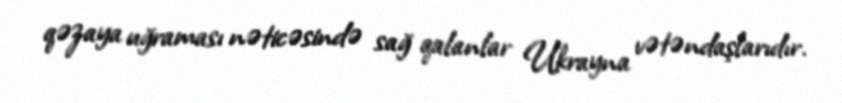
qəzaya uğraması nəticəsində sağ qalanlar Ukrayna vətəndaşlarıdır.